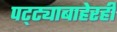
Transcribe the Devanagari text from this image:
पट्ट्याबाहेरही